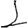
Digit: 1